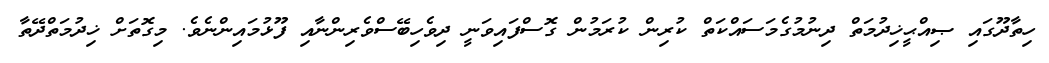
ހިތާދޫގައި ޞިއްޙީޚިދުމަތް ދިނުމުގެމަސައްކަތް ކުރިން ކުރަމުން ގޮސްފައިވަނީ ދިވެހިބޭސްވެރިންނާއި ފޫޅުމައިންނެވެ. މިގޮތަށް ޚިދުމަތްދޭތާ